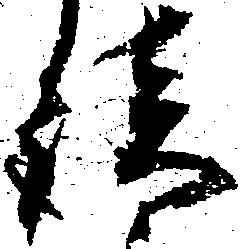
談